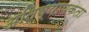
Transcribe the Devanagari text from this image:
अतिव्यापकता